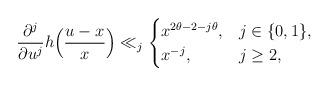
LaTeX: \begin{align*}\frac{\partial^j}{\partial u^j}h\Bigl(\frac{u-x}{x}\Bigr)\ll_j\begin{cases}x^{2\theta-2-j\theta},&j\in\{0,1\},\\x^{-j},&j\ge 2,\end{cases}\end{align*}